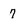
Character: 7